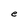
Character: e